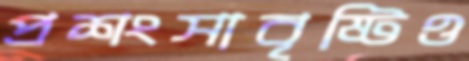
প্রশংসাবৃষ্টিও